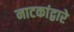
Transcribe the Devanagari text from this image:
नाटकांद्वारे